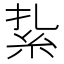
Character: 紥